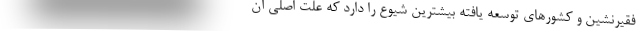
فقیرنشین و کشورهای توسعه یافته بیشترین شیوع را دارد که علت اصلی آن